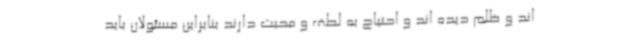
اند و ظلم دیده اند و احتیاج به لطف و محبت دارند بنابراین مسئولان باید